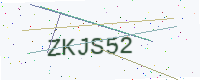
Text: ZKJS52